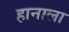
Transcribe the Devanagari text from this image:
हानाला